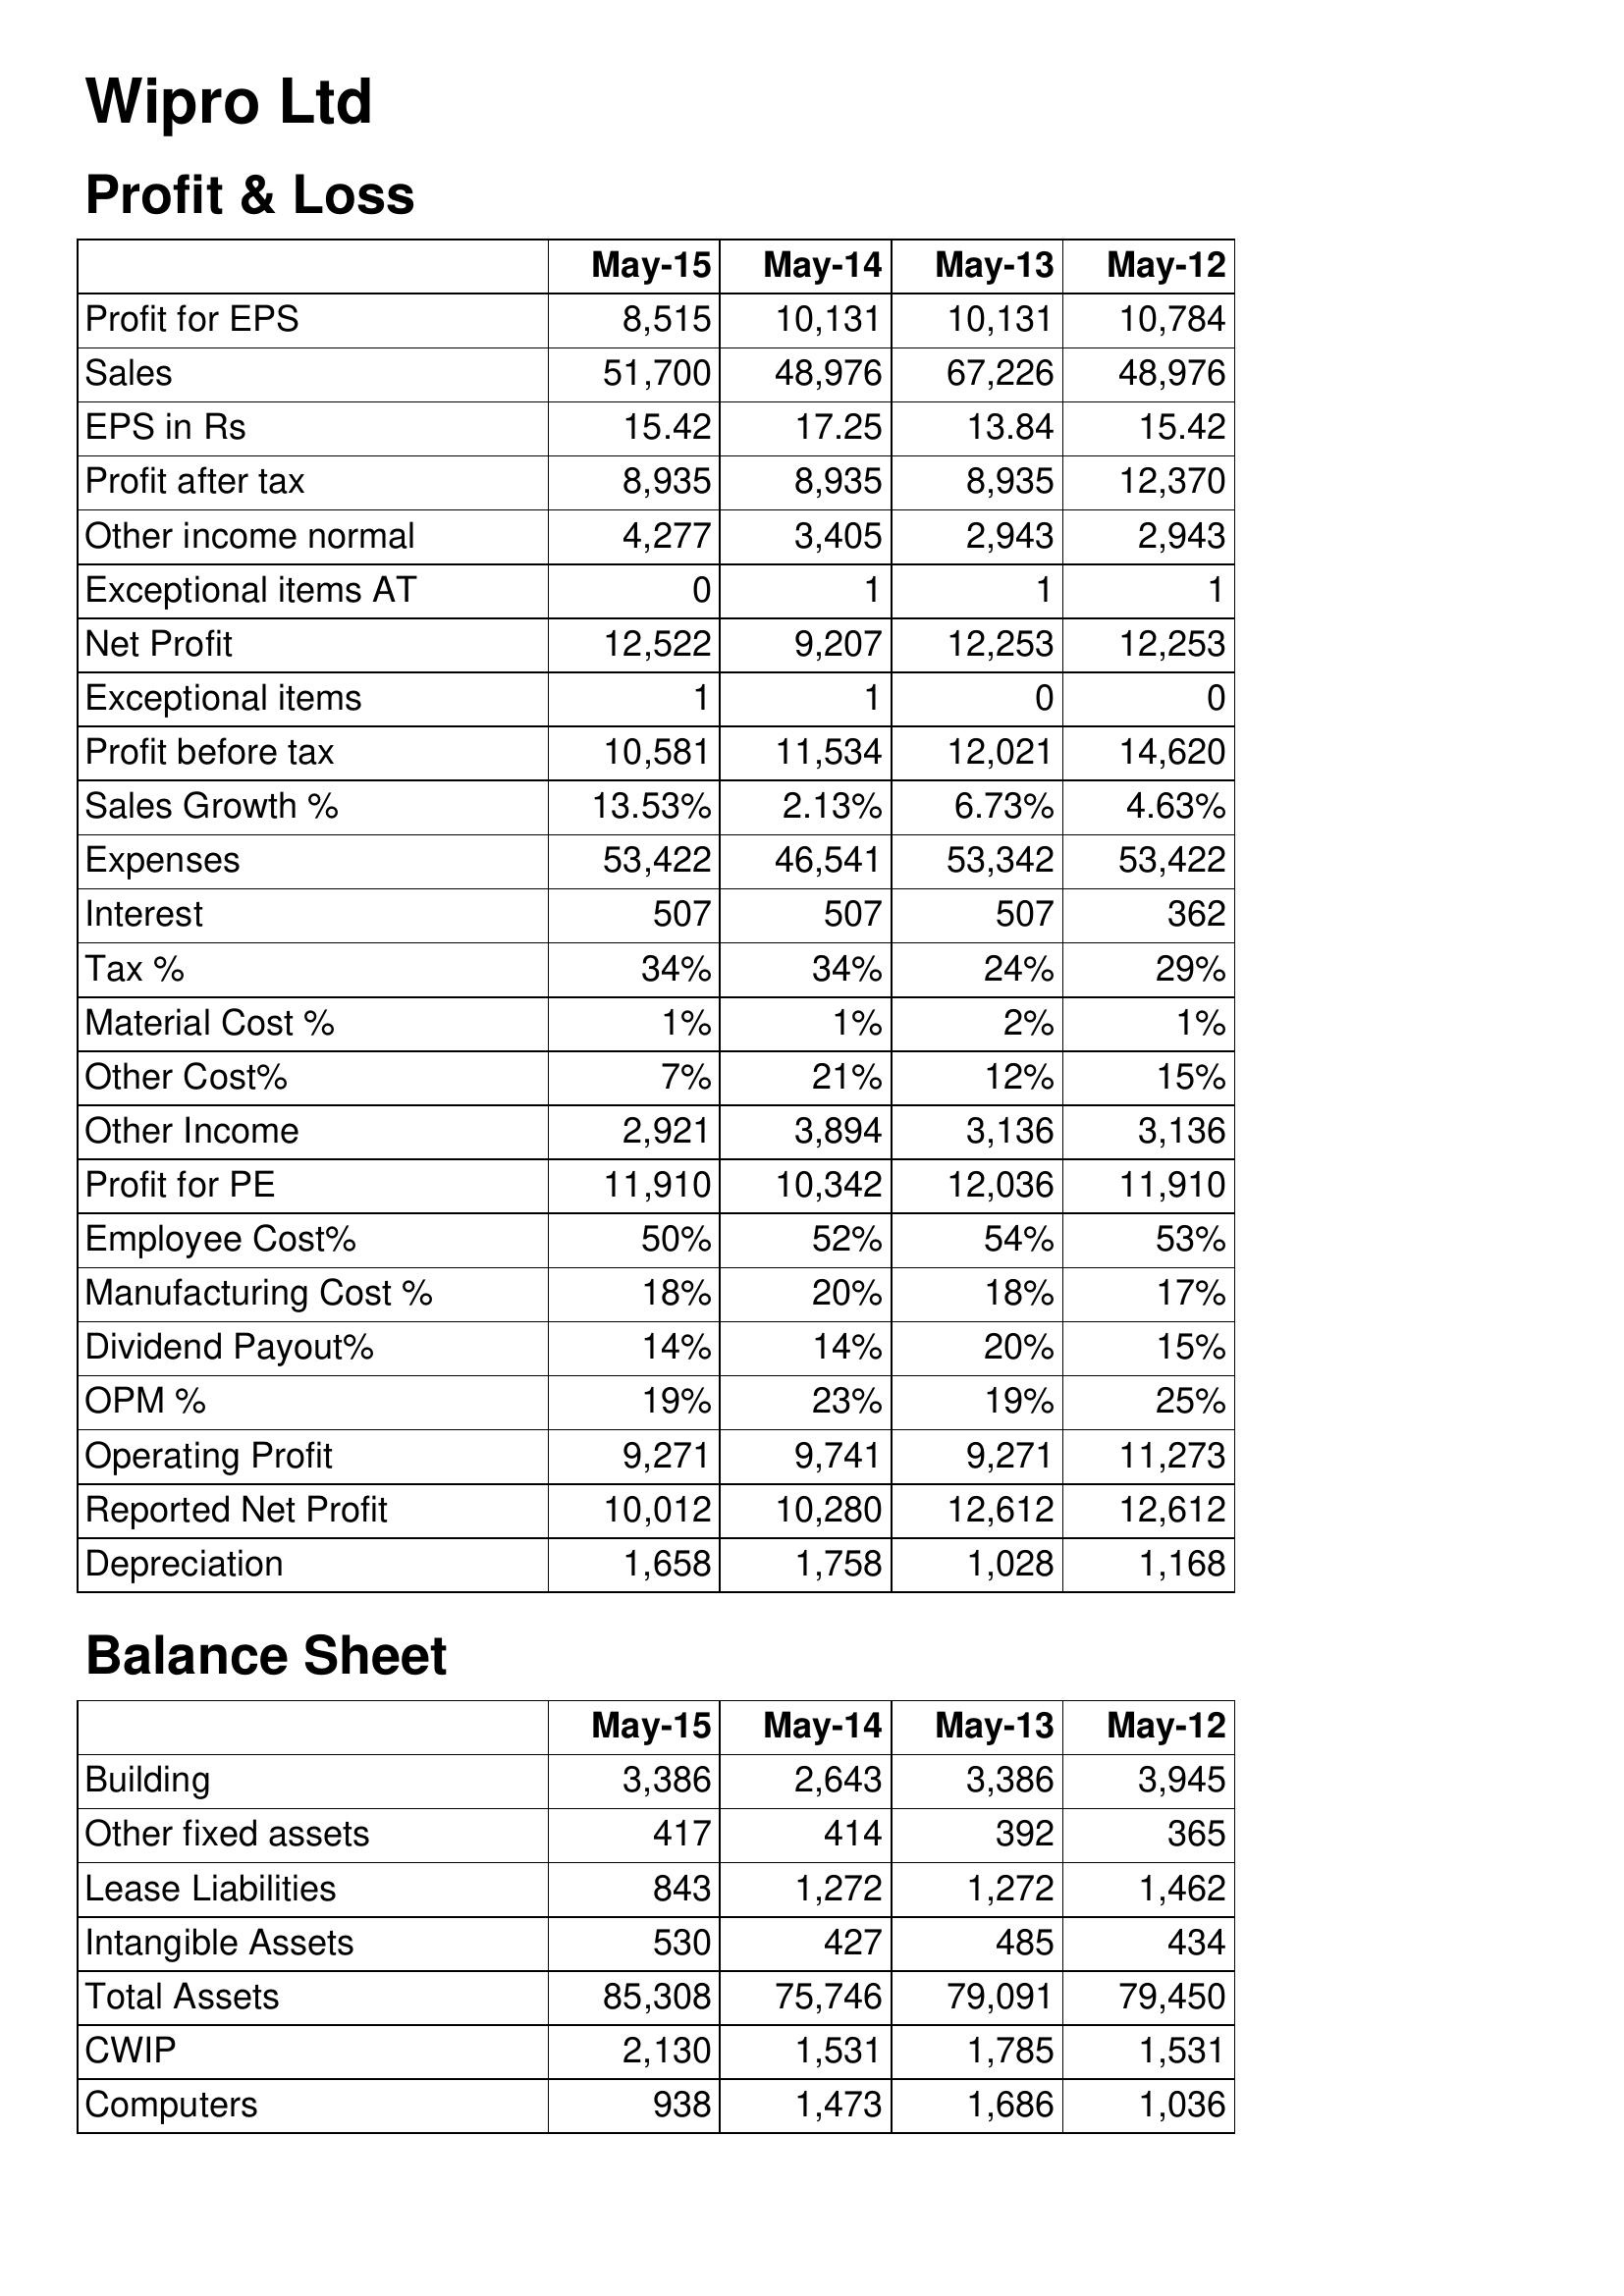
May-15: Profit & Loss: Profit for EPS: 8,515
Sales: 51,700
EPS in Rs: 15.42
Profit after tax: 8,935
Other income normal: 4,277
Exceptional items AT: 0
Net Profit: 12,522
Exceptional items: 1
Profit before tax: 10,581
Sales Growth %: 13.53%
Expenses: 53,422
Interest: 507
Tax %: 34%
Material Cost %: 1%
Other Cost%: 7%
Other Income: 2,921
Profit for PE: 11,910
Employee Cost%: 50%
Manufacturing Cost %: 18%
Dividend Payout%: 14%
OPM %: 19%
Operating Profit: 9,271
Reported Net Profit: 10,012
Depreciation: 1,658
Balance Sheet: Building: 3,386
Other fixed assets: 417
Lease Liabilities: 843
Intangible Assets: 530
Total Assets: 85,308
CWIP: 2,130
Computers: 938
May-14: Profit & Loss: Profit for EPS: 10,131
Sales: 48,976
EPS in Rs: 17.25
Profit after tax: 8,935
Other income normal: 3,405
Exceptional items AT: 1
Net Profit: 9,207
Exceptional items: 1
Profit before tax: 11,534
Sales Growth %: 2.13%
Expenses: 46,541
Interest: 507
Tax %: 34%
Material Cost %: 1%
Other Cost%: 21%
Other Income: 3,894
Profit for PE: 10,342
Employee Cost%: 52%
Manufacturing Cost %: 20%
Dividend Payout%: 14%
OPM %: 23%
Operating Profit: 9,741
Reported Net Profit: 10,280
Depreciation: 1,758
Balance Sheet: Building: 2,643
Other fixed assets: 414
Lease Liabilities: 1,272
Intangible Assets: 427
Total Assets: 75,746
CWIP: 1,531
Computers: 1,473
May-13: Profit & Loss: Profit for EPS: 10,131
Sales: 67,226
EPS in Rs: 13.84
Profit after tax: 8,935
Other income normal: 2,943
Exceptional items AT: 1
Net Profit: 12,253
Exceptional items: 0
Profit before tax: 12,021
Sales Growth %: 6.73%
Expenses: 53,342
Interest: 507
Tax %: 24%
Material Cost %: 2%
Other Cost%: 12%
Other Income: 3,136
Profit for PE: 12,036
Employee Cost%: 54%
Manufacturing Cost %: 18%
Dividend Payout%: 20%
OPM %: 19%
Operating Profit: 9,271
Reported Net Profit: 12,612
Depreciation: 1,028
Balance Sheet: Building: 3,386
Other fixed assets: 392
Lease Liabilities: 1,272
Intangible Assets: 485
Total Assets: 79,091
CWIP: 1,785
Computers: 1,686
May-12: Profit & Loss: Profit for EPS: 10,784
Sales: 48,976
EPS in Rs: 15.42
Profit after tax: 12,370
Other income normal: 2,943
Exceptional items AT: 1
Net Profit: 12,253
Exceptional items: 0
Profit before tax: 14,620
Sales Growth %: 4.63%
Expenses: 53,422
Interest: 362
Tax %: 29%
Material Cost %: 1%
Other Cost%: 15%
Other Income: 3,136
Profit for PE: 11,910
Employee Cost%: 53%
Manufacturing Cost %: 17%
Dividend Payout%: 15%
OPM %: 25%
Operating Profit: 11,273
Reported Net Profit: 12,612
Depreciation: 1,168
Balance Sheet: Building: 3,945
Other fixed assets: 365
Lease Liabilities: 1,462
Intangible Assets: 434
Total Assets: 79,450
CWIP: 1,531
Computers: 1,036